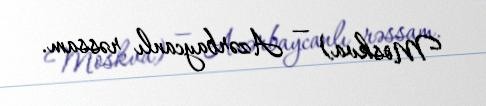
Moskva) — Azərbaycanlı rəssam.